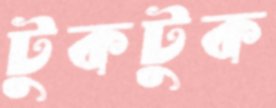
টুকটুক